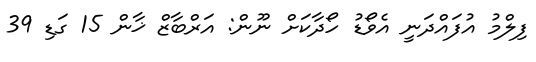
ފިލްމު އުފައްދަނީ އެވޯޑު ހޯދާކަށް ނޫން: އަރްބާޒް ޚާން 15 ގަޑި 39